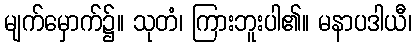
မျက်မှောက်၌။ သုတံ၊ ကြားဘူးပါ၏။ မနာပဒါယီ၊